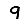
Digit: 9